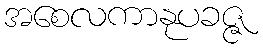
အစေလကာနုပခဇ္ဇ